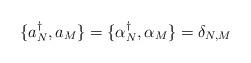
LaTeX: \begin{align*}\{a{^\dagger _N}, a_M \} = \{\alpha{^\dagger _N}, \alpha_M \} = \delta_{N,M}\end{align*}